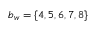
b _ { w } = \{ 4 , 5 , 6 , 7 , 8 \}